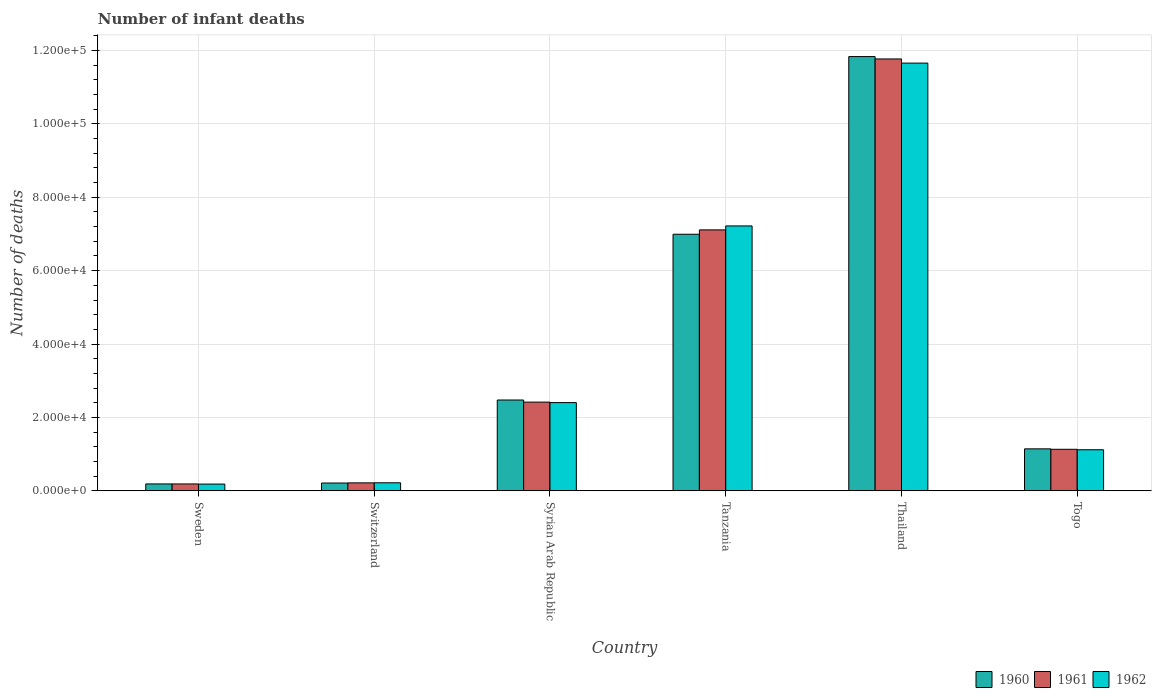
| Country | 1960 | 1961 | 1962 |
 | --- | --- | --- | --- |
 | Sweden | 1.87e+03 | 1.86e+03 | 1.83e+03 |
 | Switzerland | 2.12e+03 | 2.16e+03 | 2.18e+03 |
 | Syrian Arab Republic | 2.47e+04 | 2.42e+04 | 2.4e+04 |
 | Tanzania | 6.99e+04 | 7.11e+04 | 7.22e+04 |
 | Thailand | 1.18e+05 | 1.18e+05 | 1.17e+05 |
 | Togo | 1.14e+04 | 1.13e+04 | 1.12e+04 |